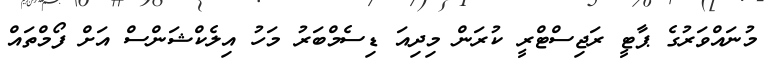
މުނައްވަރުގެ ޕާޓީ ރަޖިސްޓްރީ ކުރަން މިދިއަ ޑިސެމްބަރު މަހު އިލެކްޝަންސް އަށް ފޯމްތައް